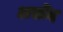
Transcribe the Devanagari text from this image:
अद्मोंद